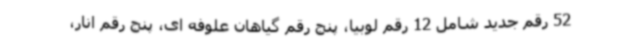
52 رقم جدید شامل 12 رقم لوبیا، پنج رقم گیاهان علوفه ای، پنج رقم انار،